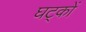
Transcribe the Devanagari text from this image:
घट्कों